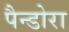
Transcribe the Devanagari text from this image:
पैन्डोरा